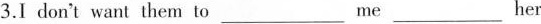
3.I don't want them to ___ me ___ her